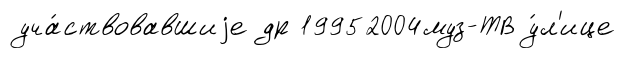
уча́ствовавшиjе др 19952004муз-ТВ у́л'ице